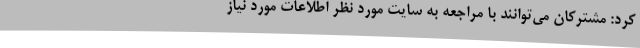
کرد: مشترکان می‌توانند با مراجعه به سایت مورد نظر اطلاعات مورد نیاز